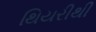
થિયરીથી